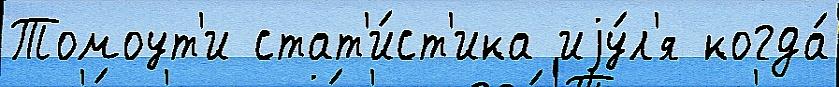
Томоут'и стат'и́ст'ика иjу́л'я когда́